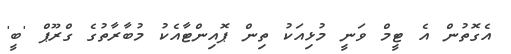
އެގޮތުން އެ ޓީމް ވަނީ މުޅިއަކު ތިން ޕޮއިންޓާއެކު މުބާރާތުގެ ގްރޫޕް 'ބީ'